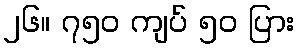
၂၆။ ၇၅၀ ကျပ် ၅၀ ပြား